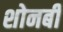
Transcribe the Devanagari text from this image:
शोनबी